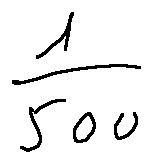
\frac { 1 } { 5 0 0 }